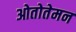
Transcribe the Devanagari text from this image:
ओतोतेमन